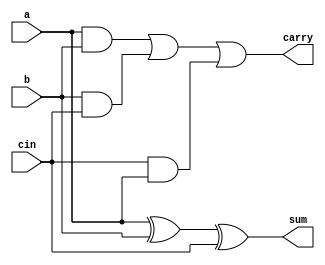
//full adder using data-flow modeling
module full_adder_d (
    input a,b,cin,
    output sum,carry
);

assign sum = a ^ b ^ cin;
assign carry = (a & b) | (b & cin)  | (cin & a) ;

endmodule